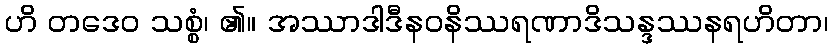
ဟိ တဒေဝ သစ္စံ၊ ၏။ အဿာဒါဒီနဝနိဿရဏာဒိသန္ဒဿနရဟိတာ၊